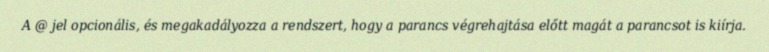
A @ jel opcionális, és megakadályozza a rendszert, hogy a parancs végrehajtása előtt magát a parancsot is kiírja.